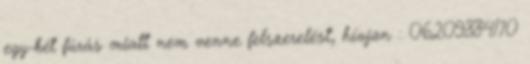
egy-két fúrás miatt nem venne felszerelést, hívjon : 06209884170